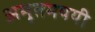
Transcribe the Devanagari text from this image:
अमृतमययी